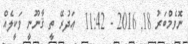
ނޮވެމްބަރު 18